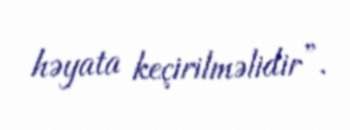
həyata keçirilməlidir”.